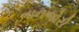
તાનજોરી